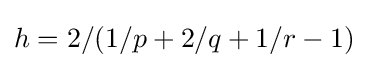
h=2/(1/p+2/q+1/r-1)